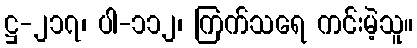
ဋ္ဌ-၂၁၇၊ ပါ-၁၁၂၊ ကြက်သရေ ကင်းမဲ့သူ။